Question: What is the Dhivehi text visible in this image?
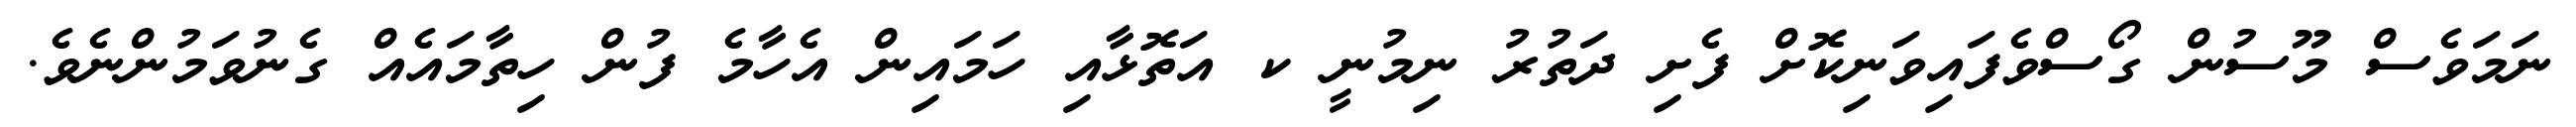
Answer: ނަމަވެސް މޫސުން ގޯސްވެފައިވަނިކޮށް ފެށި ދަތުރު ނިމުނީ ކ އަތޮޅާއި ހަމައިން އެހާމެ ފުން ހިތާމައެއް ގެނުވަމުންނެވެ.